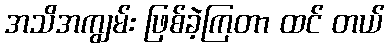
အသိအကျွမ်း ဖြစ်ခဲ့ကြတာ ထင် တယ်